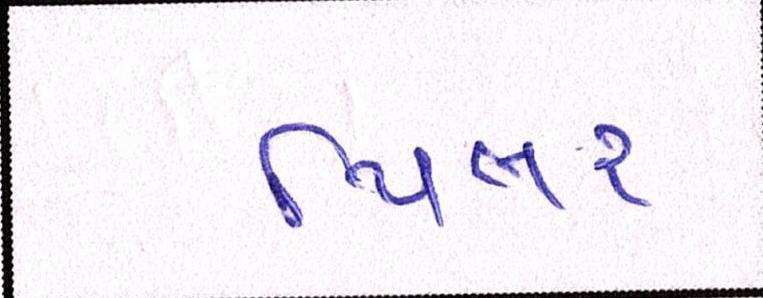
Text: પિલર